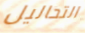
التحاليل